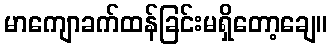
မာကျောခက်ထန်ခြင်းမရှိတော့ချေ။